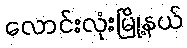
လောင်းလုံးမြို့နယ်